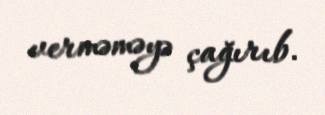
verməməyə çağırıb.